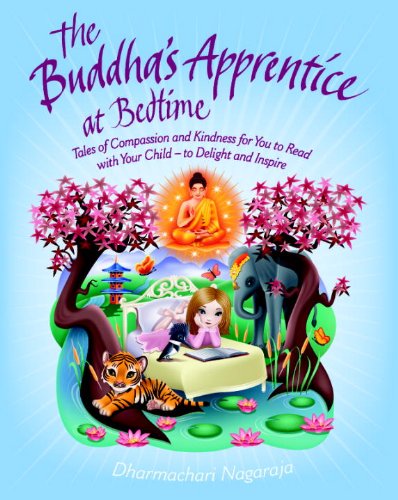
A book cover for The Buddha's Apprentice at Bedtime: Tales of Compassion and Kindness for You to Read with Your Child - to Delight and Inspire; Dharmachari Nagaraja; Children's Books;